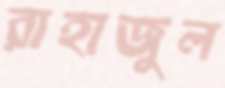
রাহাজুল